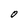
Character: o